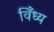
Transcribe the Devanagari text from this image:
विँध्य